Virumaa_algkoolid, lk 12
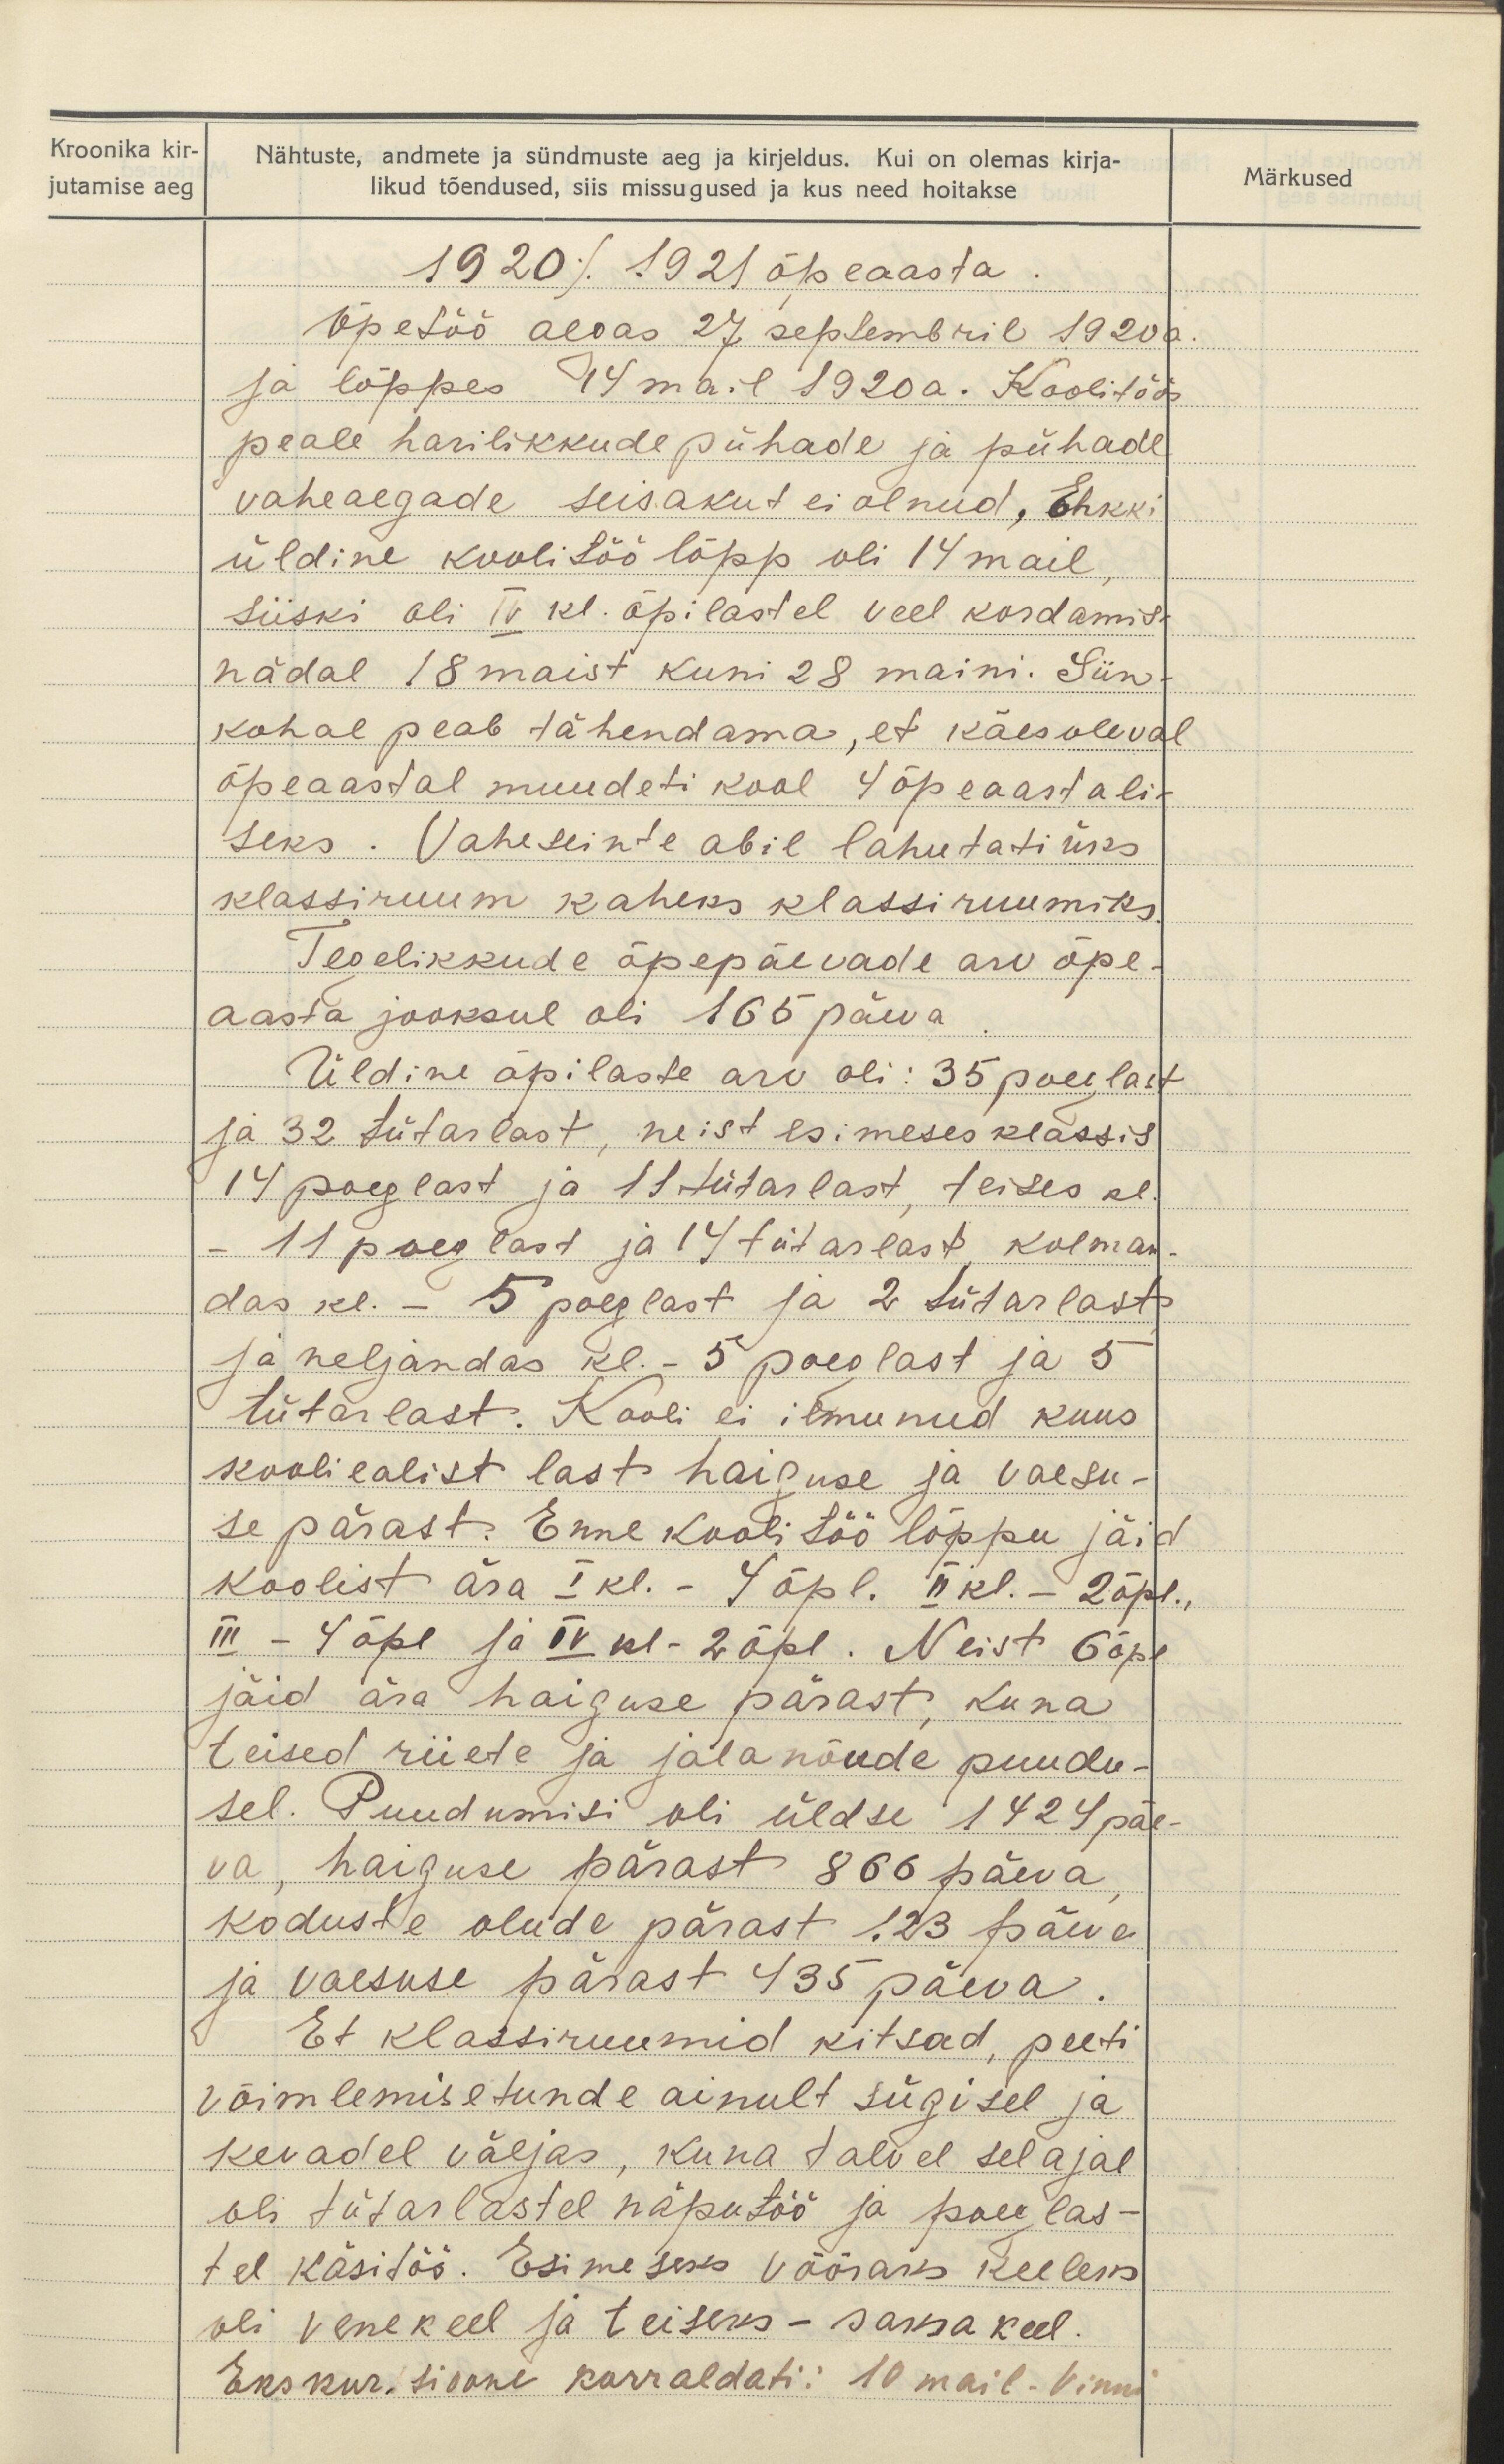
Kroonika kir-
jutamise aeg

Märkused

Nähtuste, andmete ja sündmuste aeg ja kirjeldus. Kui on olemas kirja-
likud tõendused, siis missugused ja kus need hoitakse
1920/1921 õpeaasta.
Õpetöö algas 27 septembril 1920 a.
ja lõppes 14 mail 1920 a. Koolitöös
peale harilikkude pühade ja pühade
vaheaegade seisakut ei olnud. Ehkki
üldine koolitöö lõpp oli 14 mail
Siiski oli IV kl. õpilastel veel kordamist
nädal 18 maist kuni 28 maini. Siin-
kohal peab tähendama, et käesoleval
õpeaastal muudeti kool 4 õpeaastali-
seks. Vaheseinte abil lahutati üks
klassiruum kaheks klassiruumiks.
Tegelikkude õppäevade arv õpe-
aasta jooksul oli 165 päeva.
Üldine õpilaste arv oli: 35 poeglast
ja 32 tütarlast, neist esimeses klassis
14 poeglast ja 11 tütarlast, teises kl.
- 11 poeglast ja 14 tütarlast, kolman-
das kl. - 5 poeglast ja 2 tütarlast
ja neljandas kl.- 5 poeglast ja 5
tütarlast. Kooli ei ilmunud kuus
kooliealist last haiguse ja vaesu-
se pärast. Enne koolitöö lõppu jäid
koolist ära I kl. - 4 õpl. II kl.- 2 õpl.,
III - 4 õpl ja IV kl-2 õpl. Neist 6 õpl
jäid ära haiguse pärast, kuna
teised riiete ja jalanõude puudu-
sel. Puudumisi oli üldse 1424 päe-
va, haiguse pärast 866 päeva
koduste olude pärast 123 päeva
ja vaesuse pärast 435 päeva.
Et klassiruumid kitsad, peeti
võimlemisetunde ainult sügisel ja
kevadel väljas, kuna talvel selajal
oli tütarlastel näputöö ja poeglas-
tel käsitöö. Esimeseks võõraks keeleks
oli venekeel ja teiseks - saksa keel.
Ekskur sioone korraldati: 10 mail. Vinni